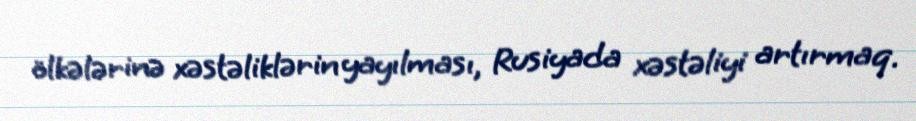
ölkələrinə xəstəliklərin yayılması, Rusiyada xəstəliyi artırmaq.